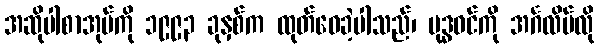
အဆိုပါစာအုပ်ကို ၁၉၉၃ ခုနှစ်က ထုတ်ဝေခဲ့ပါသည်၊ ဗုဒ္ဓဝင်ကို အင်္ဂလိပ်လို